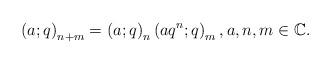
LaTeX: \begin{align*}\left(a;q\right)_{n+m}=\left(a;q\right)_{n}\left(aq^{n};q\right)_{m}, a,n,m\in\mathbb{C}.\end{align*}